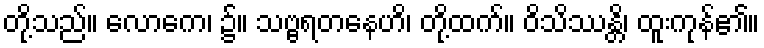
တို့သည်။ လောကေ၊ ၌။ သဗ္ဗရတနေဟိ၊ တို့ထက်။ ဝိသိဿန္တိ၊ ထူးကုန်၏။